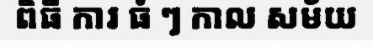
ពិធី ការ ធំ ៗ កាល សម័យ